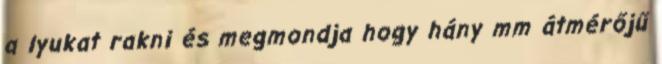
a lyukat rakni és megmondja hogy hány mm átmérőjű